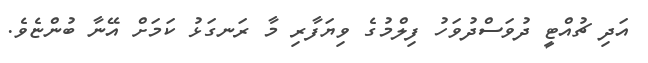
އަދި ޗުއްޓީ ދުވަސްދުވަހު ފިލްމުގެ ވިޔަފާރި މާ ރަނގަޅު ކަމަށް އޭނާ ބުންޏެވެ.